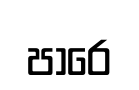
පාරෙ